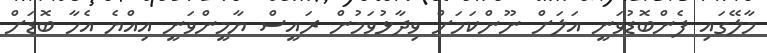
މާލޭގައި ފެންބޮޑުވަނީ އަލަށް ނޫންކަމަށް ވިދާޅުވަމުން ރައީސް ޔާމީންވަނީ އިއްޔެ އެހާ ބޮޑަށް